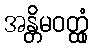
အန္တိမဝတ္ထုံ